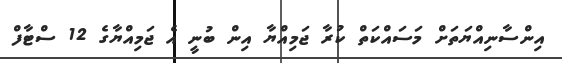
އިންސާނިއްޔަތަށް މަސައްކަތް ކުރާ ޖަމިއްޔާ އިން ބުނީ އެ ޖަމިއްޔާގެ 12 ސްޓާފް